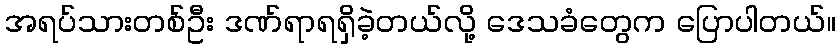
အရပ်သားတစ်ဦး ဒဏ်ရာရရှိခဲ့တယ်လို့ ဒေသခံတွေက ပြောပါတယ်။